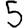
Digit: 5